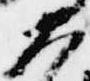
大